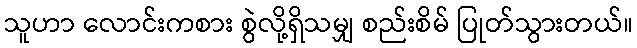
သူဟာ လောင်းကစား စွဲလို့ရှိသမျှ စည်းစိမ် ပြုတ်သွားတယ်။